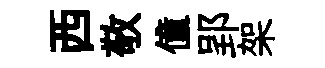
西敬僮郢架